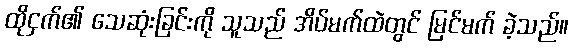
ထိုငှက်၏ သေဆုံးခြင်းကို သူသည် အိပ်မက်ထဲတွင် မြင်မက် ခဲ့သည်။